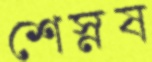
শেস্নষ